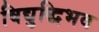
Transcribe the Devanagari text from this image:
विद्युद्धिभव